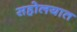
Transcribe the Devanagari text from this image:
सहोलयात